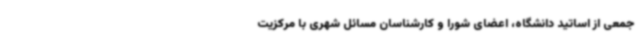
جمعی از اساتید دانشگاه، اعضای شورا و کارشناسان مسائل شهری با مرکزیت